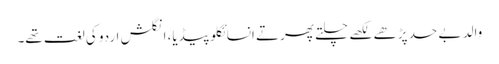
والد بے حد پڑھے لکھے چلتے پھرتے انسائکلوپیڈیا، انگلش اردو کی لغت تھے۔